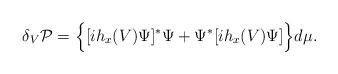
LaTeX: \begin{align*}\delta_V{\cal P}=\Big\{[ih_x(V)\Psi]^*\Psi +\Psi^*[ih_x(V)\Psi]\Big\}d\mu.\end{align*}